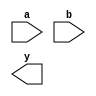
module xor_passgate(input a, input b, output y);

  wire n_a, n_b, n_n_a, n_b_n;
  
  assign n_a = ~a;
  assign n_b = ~b;
  
  and gate1 (n_a, b, n_n_a);
  and gate2 (a, n_b, n_b_n);
  
  or gate3 (n_n_a, n_b_n, y);
  
endmodule